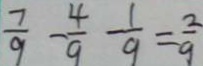
\frac { 7 } { 9 } - \frac { 4 } { 9 } - \frac { 1 } { 9 } = \frac { 2 } { 9 }